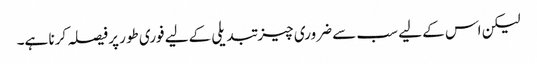
لیکن اس کے لیے سب سے ضروری چیز تبدیلی کےلیے فوری طور پر فیصلہ کرنا ہے۔